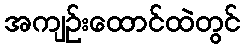
အကျဉ်းထောင်ထဲတွင်